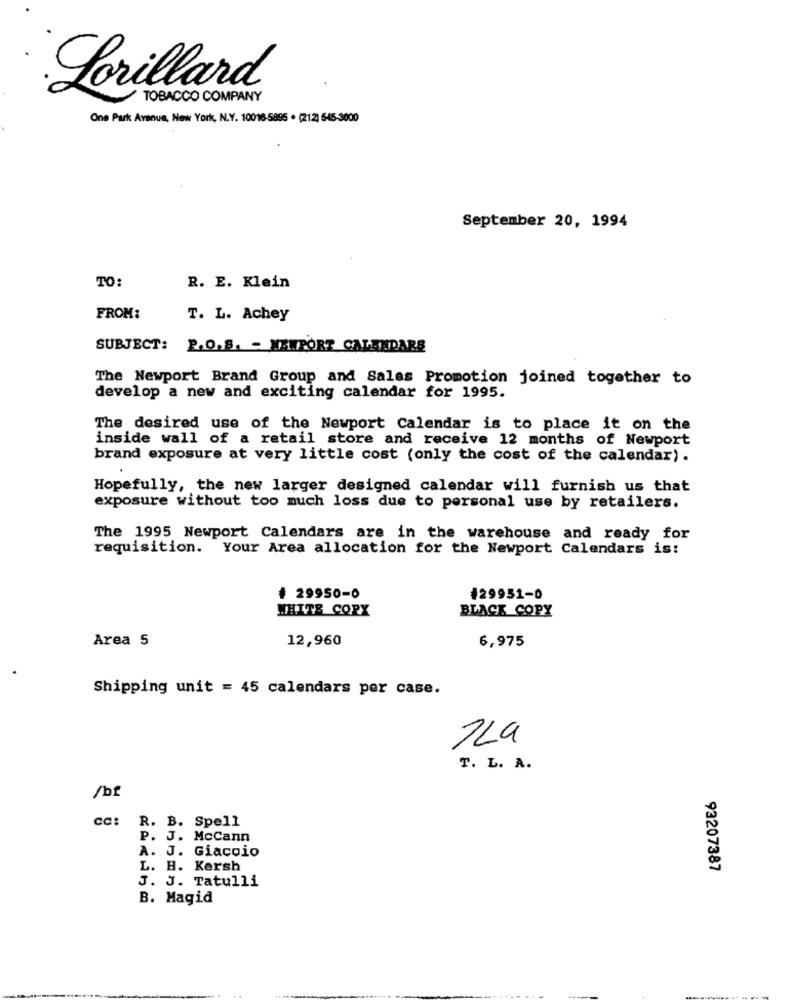
Lorillard
TOBACCO COMPANY
One Park Avenue, New York, N.Y. 10016-5895 . (212) 545-3000
September 20, 1994
TO:
R. E. Klein
FROM:
T. L. Achey
SUBJECT: P.O.S. - NEWPORT CALENDARS
The Newport Brand Group and Sales Promotion joined together to
develop a new and exciting calendar for 1995.
The desired use of the Newport Calendar is to place it on the
inside wall of a retail store and receive 12 months of Newport
brand exposure at very little cost (only the cost of the calendar) .
Hopefully, the new larger designed calendar will furnish us that
exposure without too much loss due to personal use by retailers.
The 1995 Newport Calendars are in the warehouse and ready for
requisition. Your Area allocation for the Newport Calendars is!
# 29950-0
129951-0
WHITE COPY
BLACK COPY
Area 5
12,960
6,975
Shipping unit = 45 calendars per case.
7La
T. L. A.
/bf
cc: R. B. Spell
P. J. McCann
A. J. Giacoio
L. H. Kersh
93207387
J. J. Tatulli
B. Magid